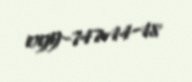
099-747-14-18